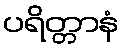
ပရိတ္တာနံ